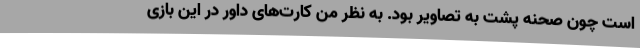
است چون صحنه پشت به تصاویر بود. به نظر من کارت‌های داور در این بازی